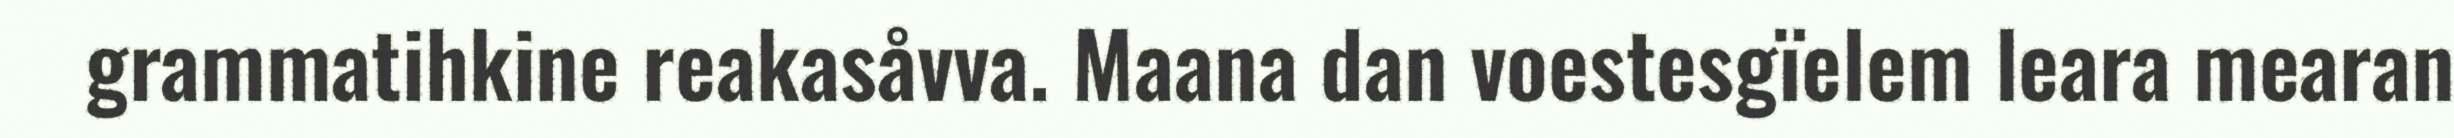
grammatihkine reakasåvva. Maana dan voestesgïelem leara mearan